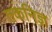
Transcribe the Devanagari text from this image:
तकनिज्ञ